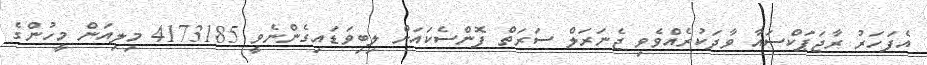
އެފަހަރު ރާޖަޕަކްސައާ ވާދަކުރެއްވެވި ޖެނަރަލް ސަރަތް ފޮންސެކައަށް ލިބިވަޑައިގެންނެވީ 4173185 މިލިއަން މީހުންގެ